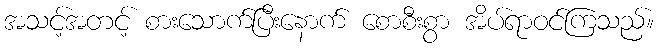
အသင့်အတင့် စားသောက်ပြီးနောက် စောစီးစွာ အိပ်ရာဝင်ကြသည်။